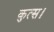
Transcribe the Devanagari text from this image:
कुत्स।